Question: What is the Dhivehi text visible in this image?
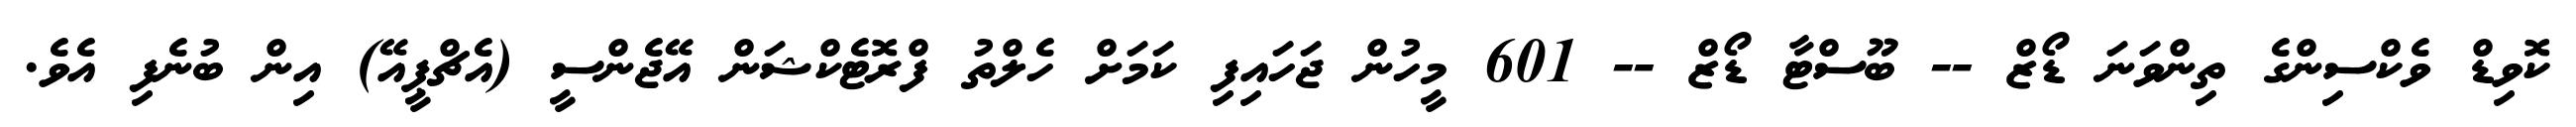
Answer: ކޮވިޑް ވެކްސިންގެ ތިންވަނަ ޑޯޒް -- ބޫސްޓާ ޑޯޒް -- 601 މީހުން ޖަހައިފި ކަމަށް ހެލްތު ފްރޮޓެކްޝަން އޭޖެންސީ (އެޗްޕީއޭ) އިން ބުނެފި އެވެ.